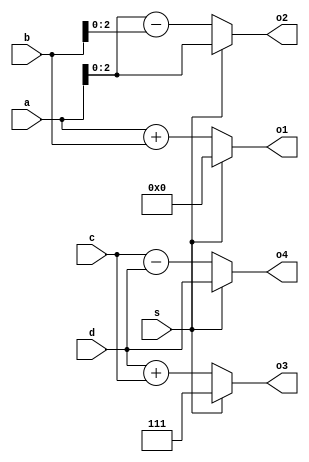
module top(
    input [8:0] a,
    input [8:0] b,
    output [8:0] o1,
    output [2:0] o2,
    input [2:0] c,
    input [2:0] d,
    output [2:0] o3,
    output [2:0] o4,
    input s
);
        assign o1 = (s ? 0 : a + b);
		assign o2 = (s ? a : a - b);
		assign o3 = (s ? 4'b1111 : d + c);
		assign o4 = (s ? d : c - d);

endmodule